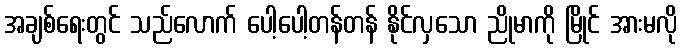
အချစ်ရေးတွင် သည်လောက် ပေါ့ပေါ့တန်တန် နိုင်လှသော ညိုမာကို မြိုင် အားမလို